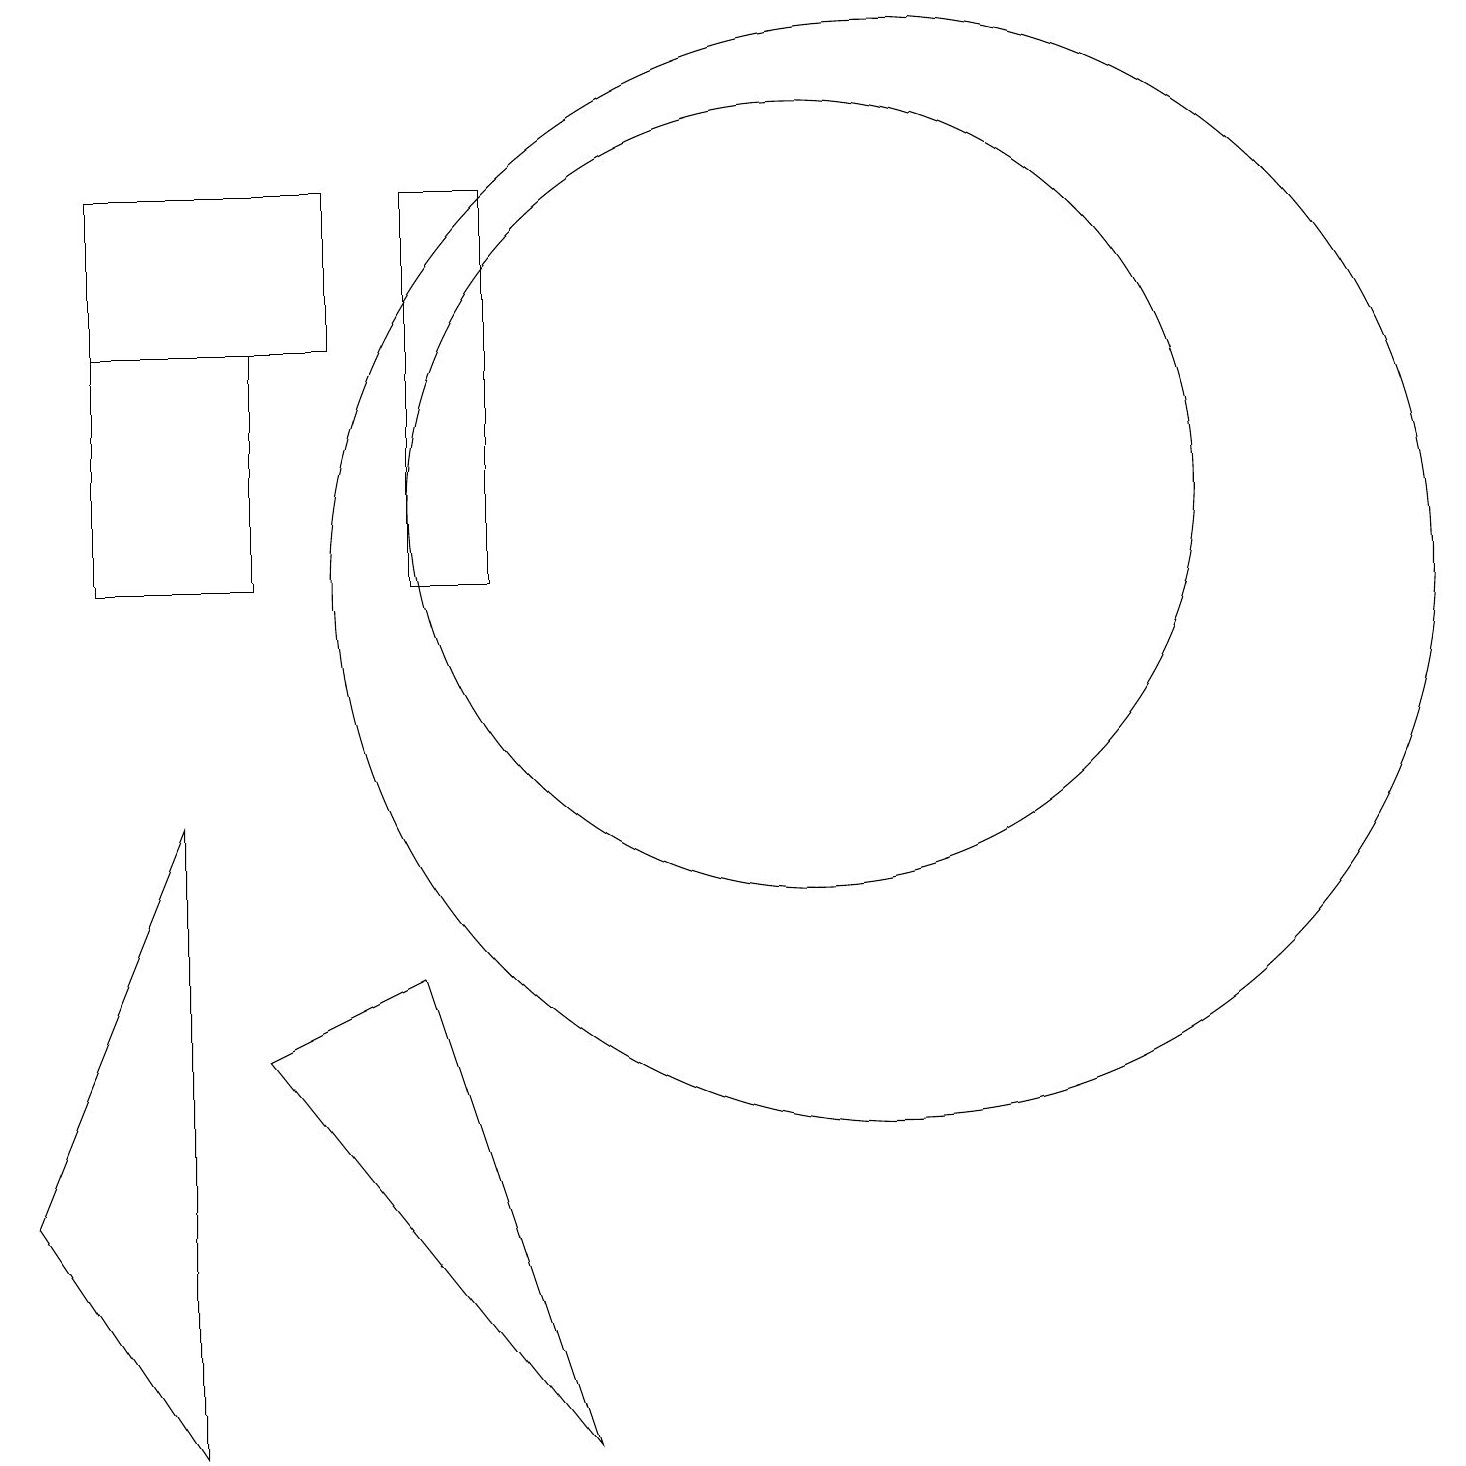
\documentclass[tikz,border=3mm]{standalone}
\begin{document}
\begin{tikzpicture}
\draw (2,0) -- (0,3) -- (2,8) -- cycle;
\draw (5,6) -- (7,0) -- (3,5) -- cycle;
\draw (10,12) circle (5);
\draw (4,14) rectangle (1,16);
\draw (6,16) rectangle (5,11);
\draw (3,11) rectangle (1,14);
\draw (11,11) circle (7);
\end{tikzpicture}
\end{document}